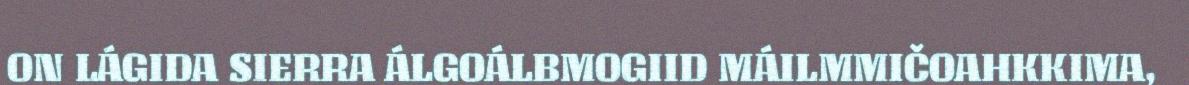
ON LÁGIDA SIERRA ÁLGOÁLBMOGIID MÁILMMIČOAHKKIMA,